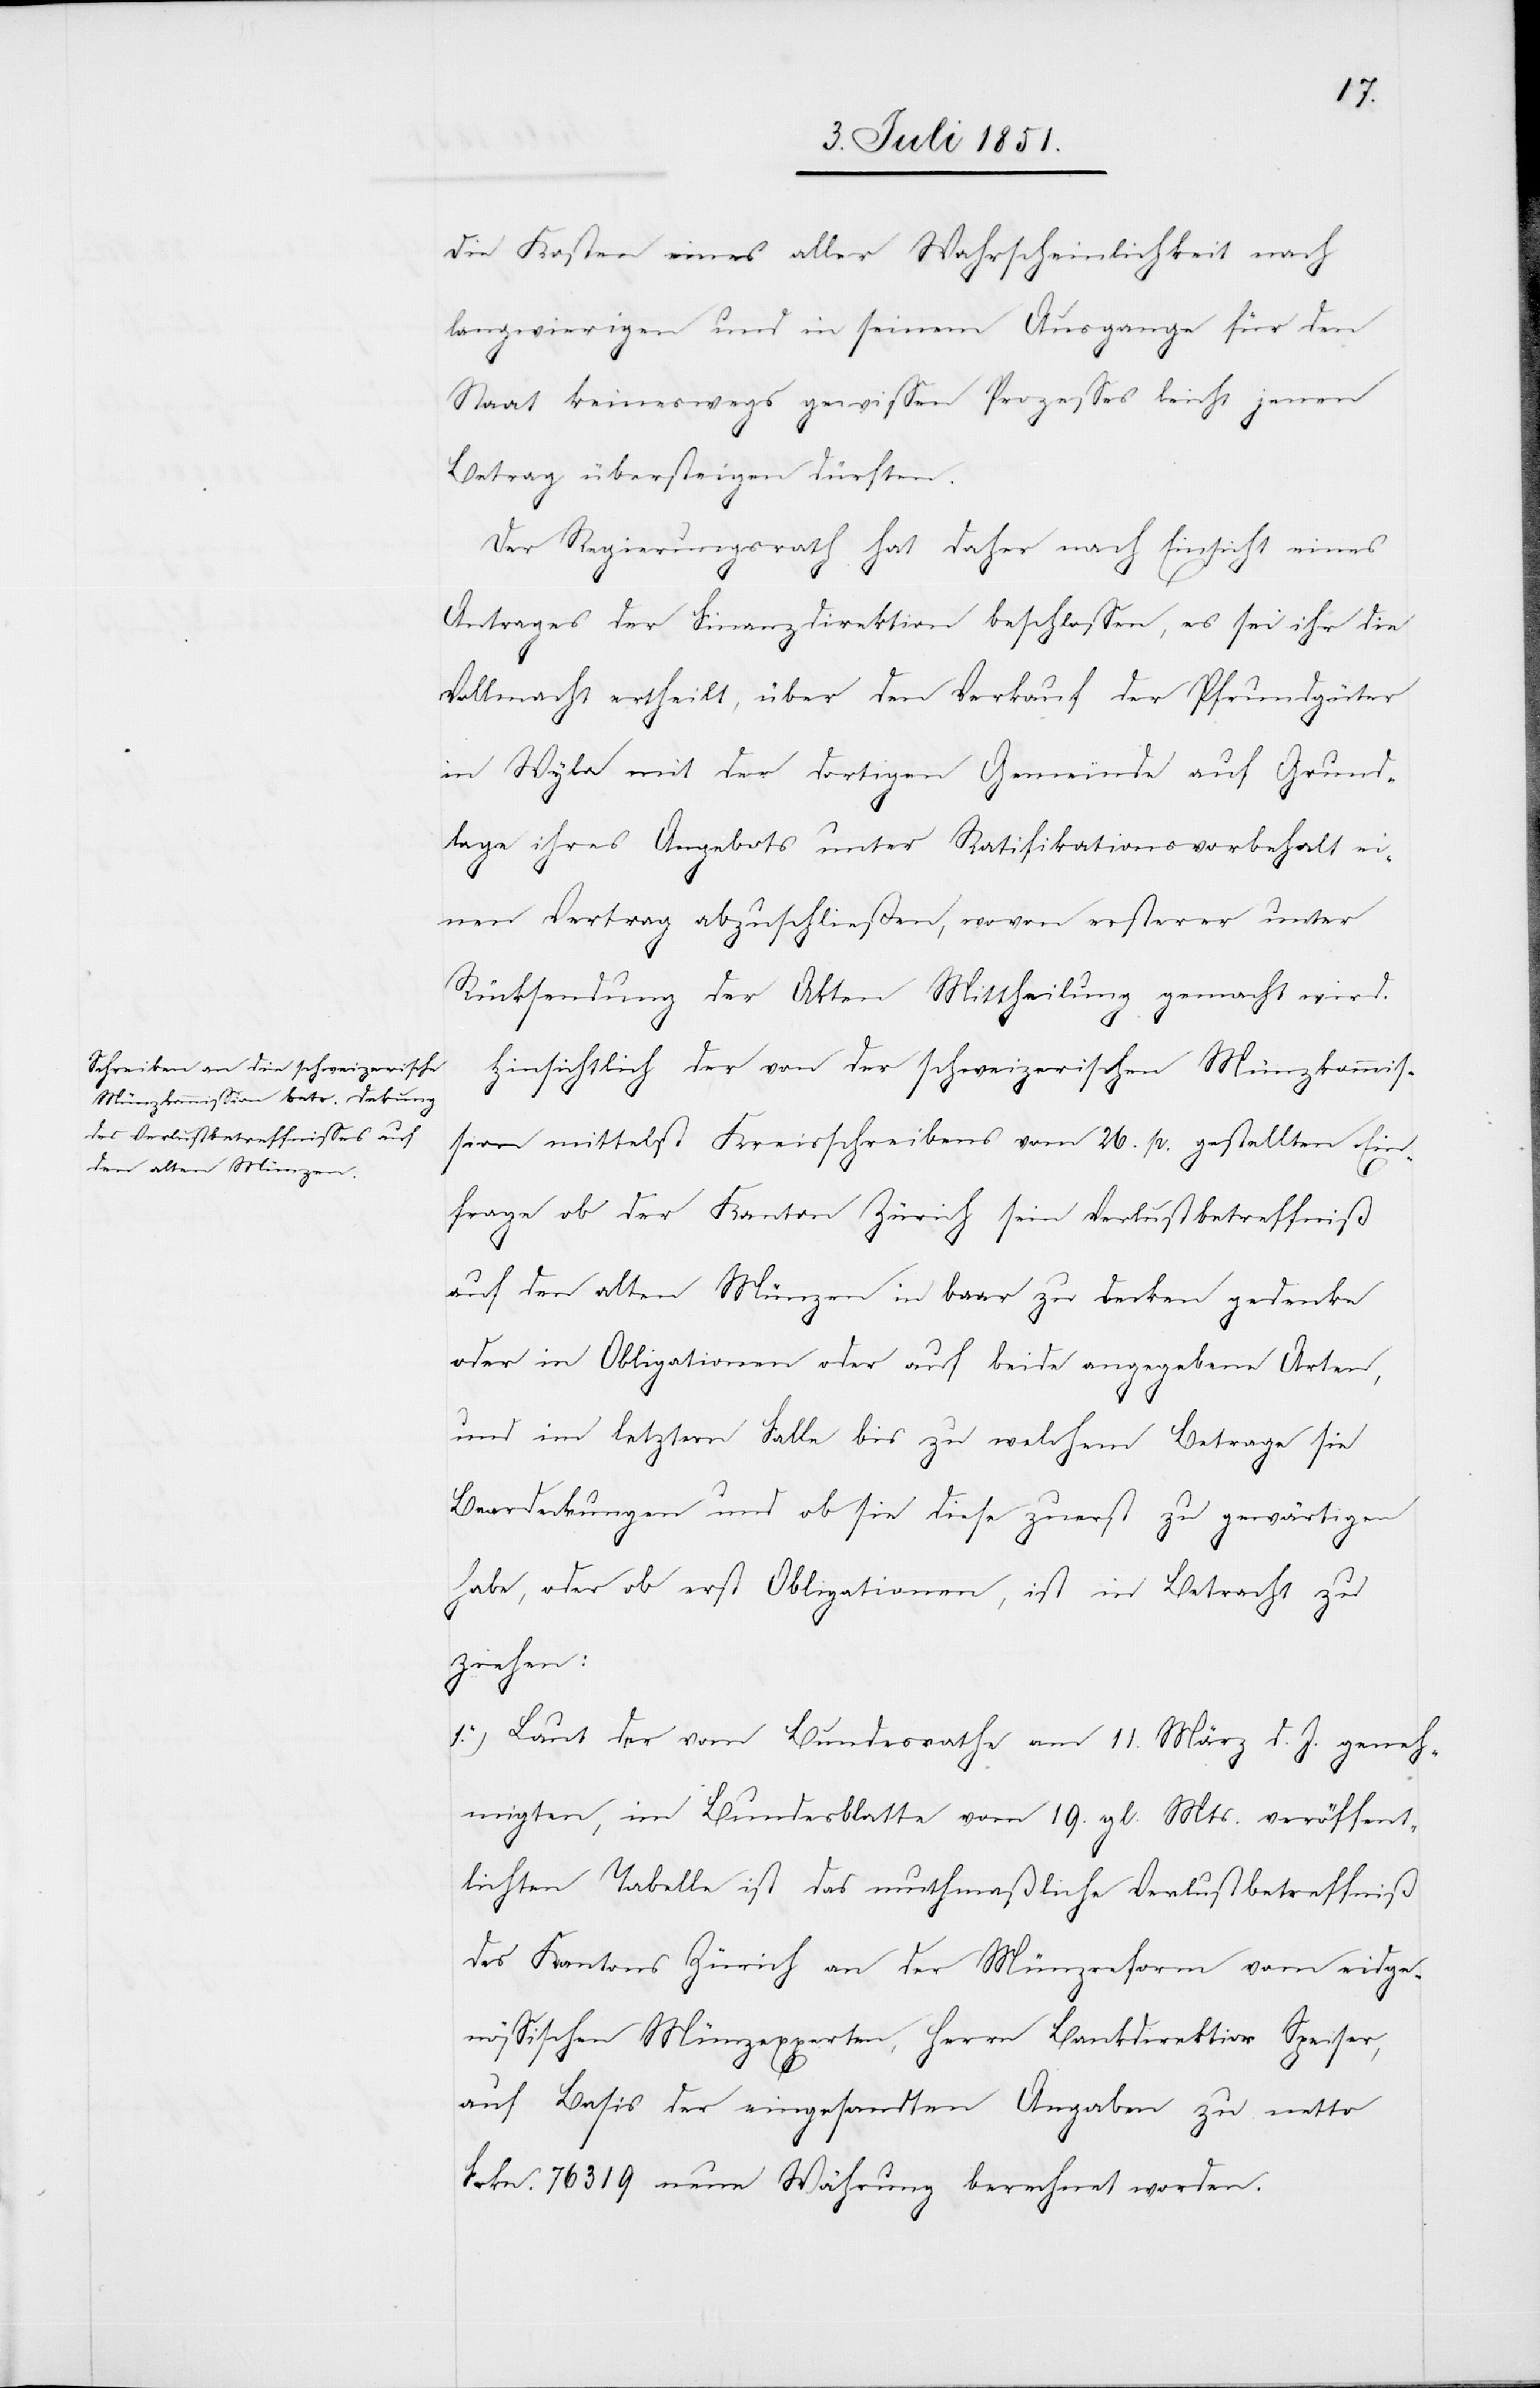
die Kosten eines aller Wahrscheinlichkeit nach
langwierigen und in seinem Ausgange für den
Staat keineswegs gewissen Prozesses leicht jenen
Betrag übersteigen dürften.
Der Regierungsrath hat daher nach Einsicht eines
Antrages der Finanzdirektion beschlossen, es sei ihr die
Vollmacht ertheilt, über den Verkauf der Pfrundgüter
in Wyla mit der dortigen Gemeinde auf Grund¬
lage ihres Angebots unter Ratifikationsvorbehalt ei¬
nen Vertrag abzuschließen, wovon ersterer unter
Rücksendung der Akten Mittheilung gemacht wird.
Hinsichtlich der von der schweizerischen Münzkommis¬
sion mittelst Kreisschreibens vom 26. p. gestellten Ein¬
frage ob der Kanton Zürich sein Verlustbetreffniß
auf den alten Münzen in baar zu decken gedenke
oder in Obligationen oder auf beide angegebene Arten,
und im letztern Falle bis zu welchem Betrage sie
Baardeckungen und ob sie diese zuerst zu gewärtigen
habe, oder ob erst Obligationen, ist in Betracht zu
ziehen:
1.) Laut der vom Bundesrathe am 11. März d. J. geneh¬
migten, im Bundesblatte vom 19. gl. Mts. veröffent¬
lichten Tabelle ist das muthmaßliche Verlustbetreffniß
des Kantons Zürich an der Münzreform vom eidge¬
nössischen Münzexperten, Herrn Bankdirektior [sic!]
auf Basis der eingesandten Angaben zu netto
Frkn. 76 319 neue Währung berechnet worden.